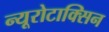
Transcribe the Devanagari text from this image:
न्यूरोटाक्सिन